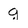
Character: g